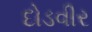
દોડવીર